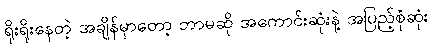
ရိုးရိုးနေတဲ့ အချိန်မှာတော့ ဘာမဆို အကောင်းဆုံးနဲ့ အပြည့်စုံဆုံး